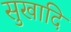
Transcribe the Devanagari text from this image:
सुखादि